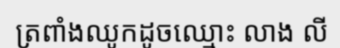
ត្រពាំងឈូកដូចឈ្មោះ លាង លី